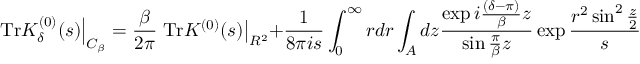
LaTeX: \left. \mathrm { T r } K _ { \delta } ^ { ( 0 ) } ( s ) \right| _ { { \cal C } _ { \beta } } = { \frac { \beta } { 2 \pi } } \left. \mathrm { T r } K ^ { ( 0 ) } ( s ) \right| _ { R ^ { 2 } } + { \frac { 1 } { 8 \pi i s } } \int _ { 0 } ^ { \infty } r d r \int _ { A } d z { \frac { \exp i { \frac { ( \delta - \pi ) } { \beta } } z } { \sin { \frac { \pi } { \beta } } z } } \exp { \frac { r ^ { 2 } \sin ^ { 2 } { \frac { z } { 2 } } } { s } } ~ ~ ~ ,